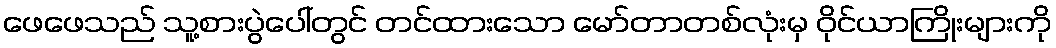
ဖေဖေသည် သူ့စားပွဲပေါ်တွင် တင်ထားသော မော်တာတစ်လုံးမှ ဝိုင်ယာကြိုးများကို